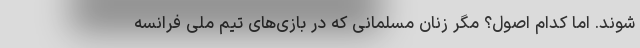
شوند. اما کدام اصول؟ مگر زنان مسلمانی که در بازی‌های تیم ملی فرانسه